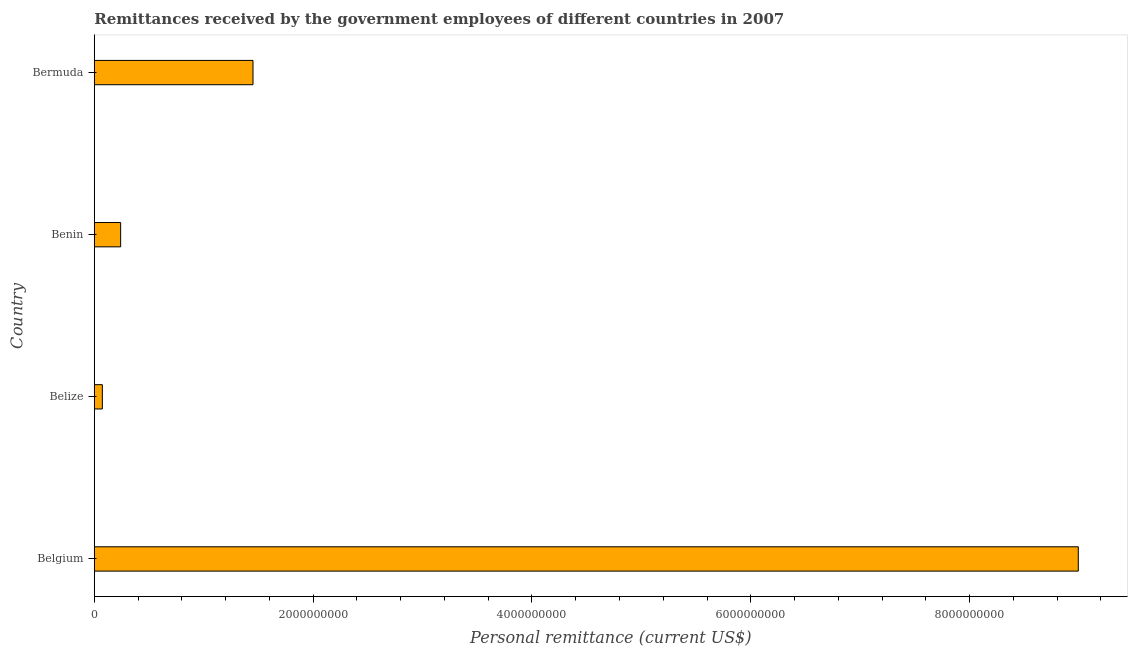
| Country | Personal remittances |
 | --- | --- |
 | Belgium | 8.99e+09 |
 | Belize | 7.31e+07 |
 | Benin | 2.4e+08 |
 | Bermuda | 1.45e+09 |